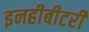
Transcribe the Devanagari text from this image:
इनहीबीटरी